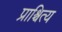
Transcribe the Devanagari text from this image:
प्राश्चित्य